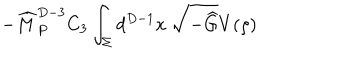
LaTeX: - { \widehat M } _ { P } ^ { D - 3 } C _ { 3 } \int _ { \Sigma } d ^ { D - 1 } x ~ \sqrt { - { \widehat G } } V ( \rho )